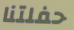
حفلتنا